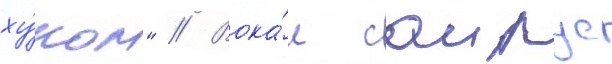
ху́ком" // Вока́л саирус